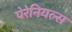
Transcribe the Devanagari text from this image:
पेरेनियल्स